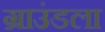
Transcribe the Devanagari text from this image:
ग्राउंडला